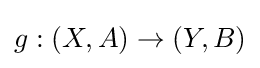
g:(X,A)\to (Y,B)